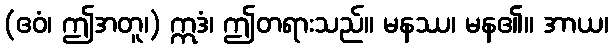
(ဧဝံ၊ ဤအတူ၊) ဣဒံ၊ ဤတရားသည်။ မနဿ၊ မန၏။ အာယ၊